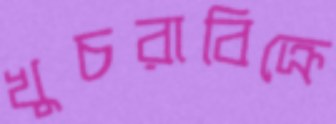
খুচরাবিক্রে